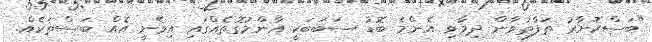
"ބަސްކޮށާރު ތަފާތުވާން ދިމާވި އެންމެ ބޮޑު ސަބަބަކީ އާންމުގޮތެއްގައި އިވެނީ އެއް ބަސްތަކެއް.